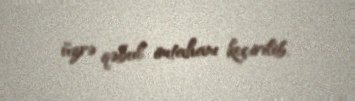
üzrə qəbul imtahanı keçirilib.